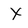
Character: x